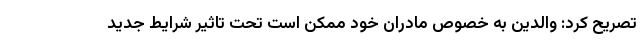
تصریح کرد: والدین به خصوص مادران خود ممکن است تحت تاثیر شرایط جدید